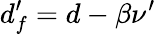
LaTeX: d_{f}^{\prime}=d-\beta\nu^{\prime}